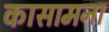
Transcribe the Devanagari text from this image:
कासामना